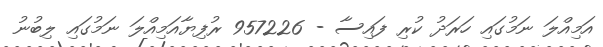
އަމިއްލަ ނަމުގައި ހަރަދު ކުރި ފައިސާ - 957226 ރުފިޔާއަމިއްލަ ނަމުގައި ލިބުނު